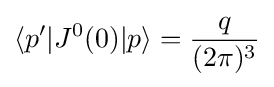
\langle p'|J^{0}(0)|p\rangle ={\frac {q}{(2\pi )^{3}}}